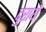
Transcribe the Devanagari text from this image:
दुराये